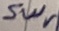
Text: Swr